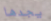
يجدها